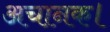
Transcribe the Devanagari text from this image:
अचानक।